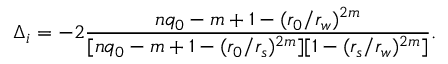
\Delta _ { i } = - 2 \frac { n q _ { 0 } - m + 1 - ( r _ { 0 } / r _ { w } ) ^ { 2 m } } { [ n q _ { 0 } - m + 1 - ( r _ { 0 } / r _ { s } ) ^ { 2 m } ] [ 1 - ( r _ { s } / r _ { w } ) ^ { 2 m } ] } .